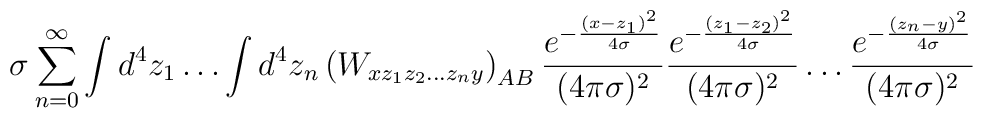
\sigma\sum_{n=0}^\infty\int d^4z_1\dots\int d^4z_n\left(W_{xz_1z_2\dots z_ny}\right)_{AB}\frac{e^{-\frac{(x-z_1)^2}{4\sigma}}}{(4\pi\sigma)^2}\frac{e^{-\frac{(z_1-z_2)^2}{4\sigma}}}{(4\pi\sigma)^2}\dots\frac{e^{-\frac{(z_n-y)^2}{4\sigma}}}{(4\pi\sigma)^2}